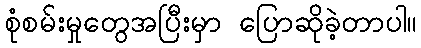
စုံစမ်းမှုတွေအပြီးမှာ ပြောဆိုခဲ့တာပါ။